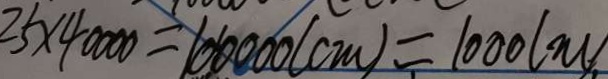
2 5 \times 4 0 0 0 0 = 1 0 0 0 0 0 ( c m ) = 1 0 0 0 ( m )